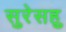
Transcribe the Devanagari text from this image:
सुरेसहु